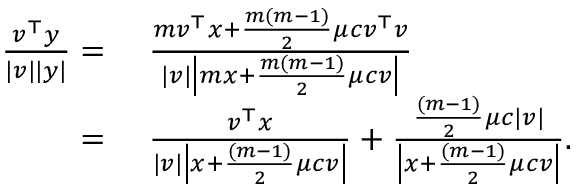
\begin{array} { r l } { \frac { \boldsymbol { v } ^ { \top } \boldsymbol { y } } { | \boldsymbol { v } | | \boldsymbol { y } | } = \; } & { \frac { m \boldsymbol { v } ^ { \top } \boldsymbol { x } + \frac { m ( m - 1 ) } { 2 } \mu c \boldsymbol { v } ^ { \top } \boldsymbol { v } } { | \boldsymbol { v } | \left| m \boldsymbol { x } + \frac { m ( m - 1 ) } { 2 } \mu c \boldsymbol { v } \right| } } \\ { = \; } & { \frac { \boldsymbol { v } ^ { \top } \boldsymbol { x } } { | \boldsymbol { v } | \left| \boldsymbol { x } + \frac { ( m - 1 ) } { 2 } \mu c \boldsymbol { v } \right| } + \frac { \frac { ( m - 1 ) } { 2 } \mu c | \boldsymbol { v } | } { \left| \boldsymbol { x } + \frac { ( m - 1 ) } { 2 } \mu c \boldsymbol { v } \right| } . } \end{array}